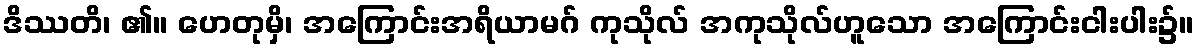
ဒိဿတိ၊ ၏။ ဟေတုမှိ၊ အကြောင်းအရိယာမဂ် ကုသိုလ် အကုသိုလ်ဟူသော အကြောင်းငါးပါး၌။